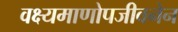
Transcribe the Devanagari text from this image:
वक्ष्यमाणोपजीवनेन